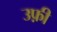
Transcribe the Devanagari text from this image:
उफ़ी